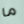
ما